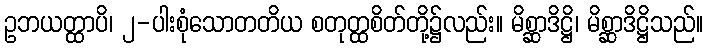
ဥဘယတ္ထာပိ၊ ၂-ပါးစုံသောတတိယ စတုတ္ထစိတ်တို့၌လည်း။ မိစ္ဆာဒိဋ္ဌိ၊ မိစ္ဆာဒိဋ္ဌိသည်။